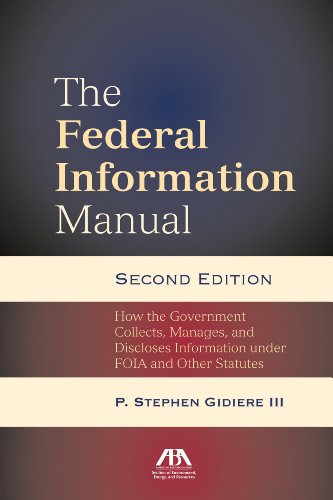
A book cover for The Federal Information Manual: How the Government Collects, Manages, and Discloses Information under FOIA and Other Statutes; Stephen P. Gidiere III; Law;